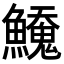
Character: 𬵲